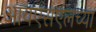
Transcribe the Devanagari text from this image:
आयएसएलच्या